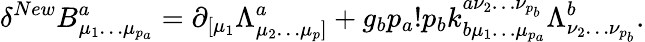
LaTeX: \delta^{New}B_{\mu_{1}\ldots\mu_{p_{a}}}^{a}=\partial_{[\mu_{1}}\Lambda_{\mu_{2}\ldots\mu_{p}]}^{a}+g_{b}p_{a}!p_{b}k_{b\mu_{1}\ldots\mu_{p_{a}}}^{a\nu_{2}\ldots\nu_{p_{b}}}\Lambda_{\nu_{2}\ldots\nu_{p_{b}}}^{b}.